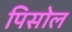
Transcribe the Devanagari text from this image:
पिसोल